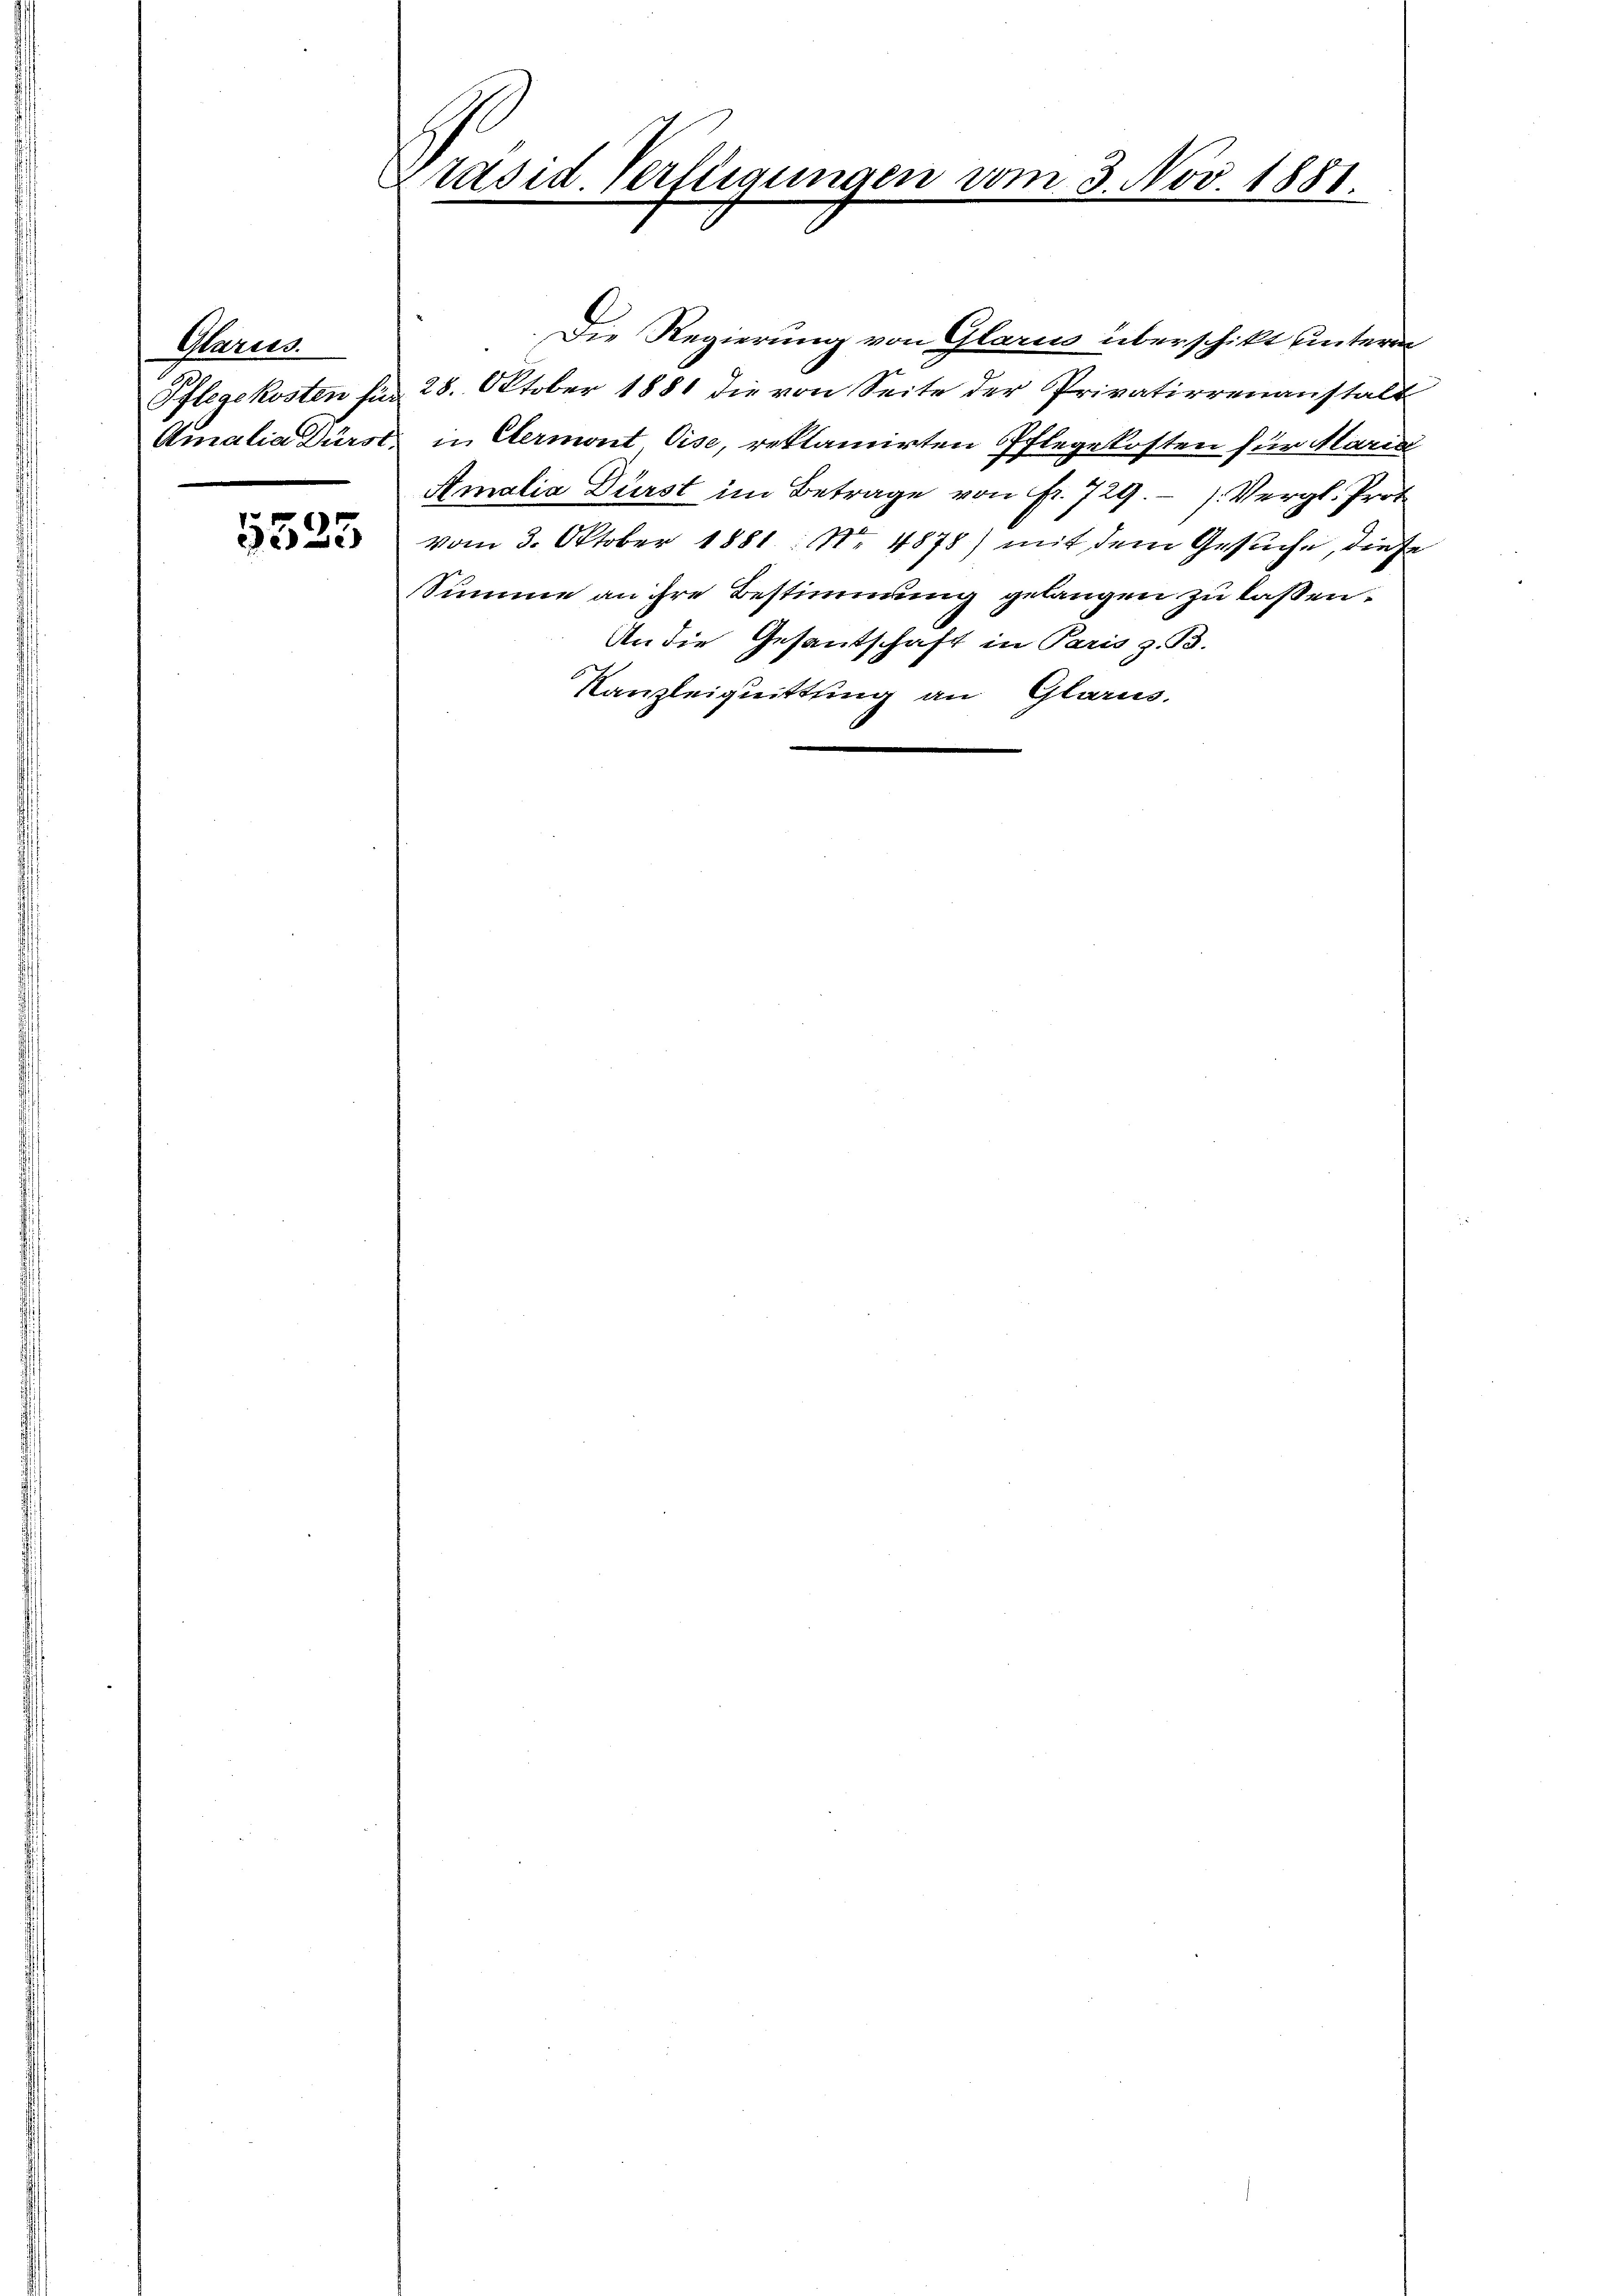
Glarus.

5525

Präsid. Verfügungen vom 3. Nov. 1881.

Die Regierung von Glarus überschikt unterm
Pflegekosten sus 28. Oktober 1881 die von Seite der Privatierenanstalt
Amalia Dürst in Elermont Vise, reklamirten Pflegekosten für Mariai
Amalia Dürst im Betrage von fr. 729.- ). Vergl. Prot
vom 3. Oktober 1881 Nr. 4878) mit dem Gesuche, diese
Summe an ihre Bestimmung gelangen zu lassen.
An die Gesandschaft in Paris z. B.
Kanzleiquittung an Glarus.